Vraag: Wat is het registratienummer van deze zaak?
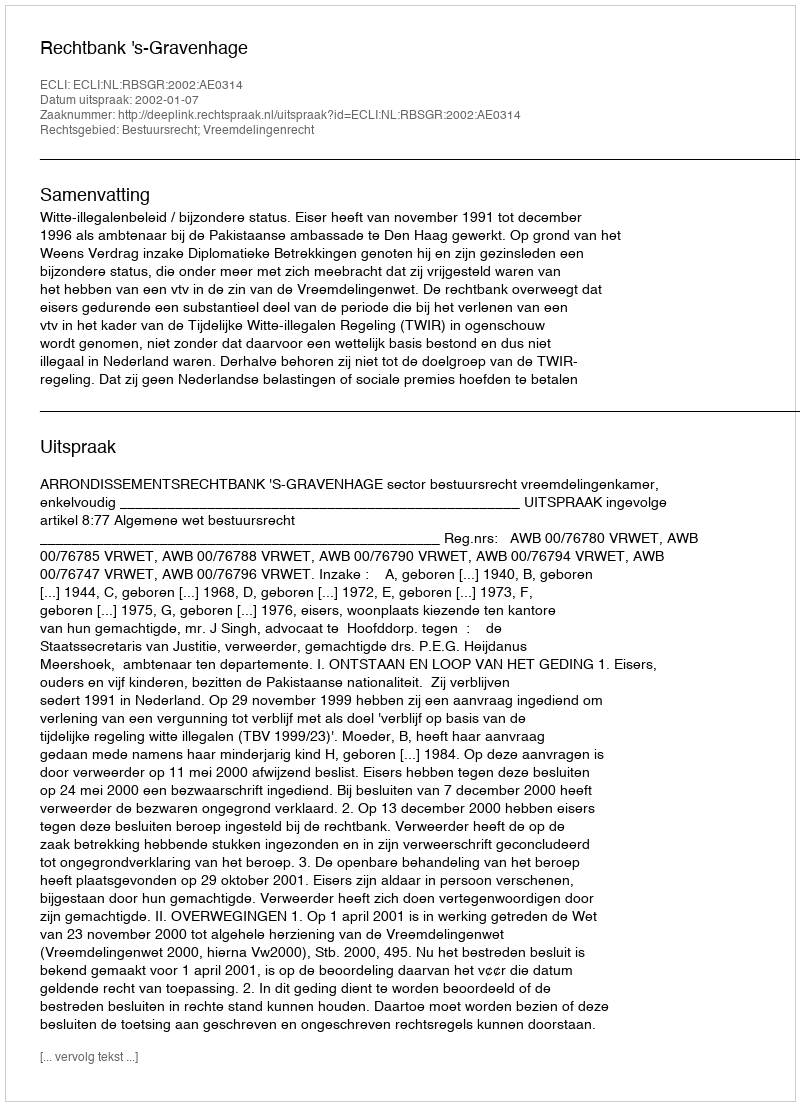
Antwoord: http://deeplink.rechtspraak.nl/uitspraak?id=ECLI:NL:RBSGR:2002:AE0314